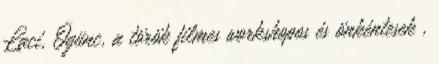
Laci, Ögünc, a török filmes workshopos és önkéntesek ,